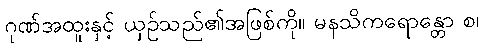
ဂုဏ်အထူးနှင့် ယှဉ်သည်၏အဖြစ်ကို။ မနသိကရောန္တော စ၊